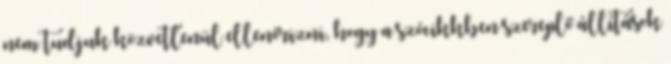
nem tudjuk közvetlenül ellenőrizni, hogy a szócikkben szereplő állítások